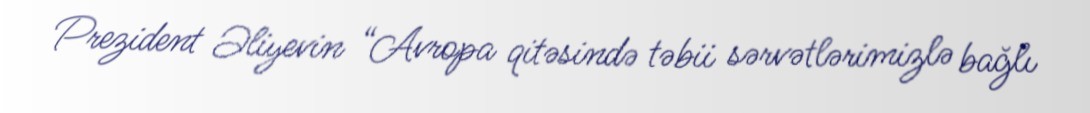
Prezident Əliyevin “Avropa qitəsində təbii sərvətlərimizlə bağlı